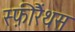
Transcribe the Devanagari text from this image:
स्फ़ीरैंथस